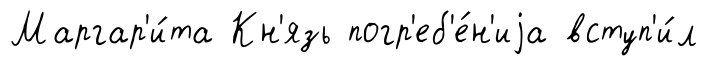
Маргар'и́та Кн'язь погр'еб'е́н'иjа вступ'и́л